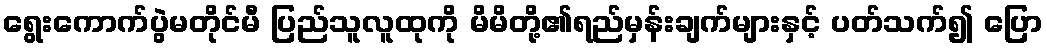
ရွေးကောက်ပွဲမတိုင်မီ ပြည်သူလူထုကို မိမိတို့၏ရည်မှန်းချက်များနှင့် ပတ်သက်၍ ပြော